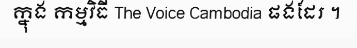
ក្នុង កម្មវិធី The Voice Cambodia ផងដែរ ។